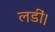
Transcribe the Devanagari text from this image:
लडीं।